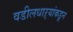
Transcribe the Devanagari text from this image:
वडीलधाऱ्यांकडून